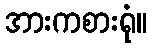
အားကစားရုံ။